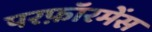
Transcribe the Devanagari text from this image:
परफ़ॉरमेंस